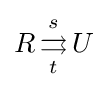
R\,{\overset {s}{\underset {t}{\rightrightarrows }}}\,U